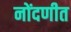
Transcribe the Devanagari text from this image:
नोंदणीत